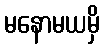
မနောမယမှိ